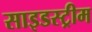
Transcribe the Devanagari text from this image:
साइडस्ट्रीम